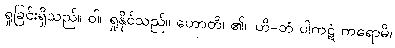
ရှုခြင်းရှိသည်။ ဝါ၊ ရှုနိုင်သည်။ ဟောတိ၊ ၏။ ဟိ-တံ ပါကဋံ ကရောမိ၊